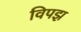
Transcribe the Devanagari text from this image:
विपझ